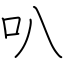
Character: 叭